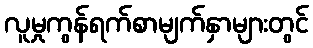
လူမှုကွန်ရက်စာမျက်နှာများတွင်